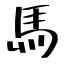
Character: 馬